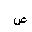
Letter: _sad